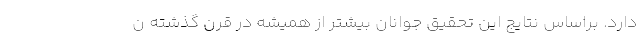
دارد. براساس نتایج این تحقیق جوانان بیشتر از همیشه در قرن گذشته ن